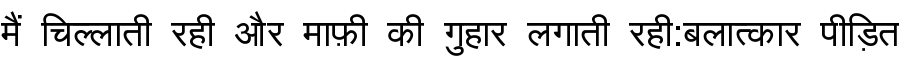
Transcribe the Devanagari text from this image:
मैं चिल्लाती रही और माफ़ी की गुहार लगाती रही:बलात्कार पीड़ित